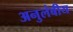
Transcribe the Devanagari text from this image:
अनुलंबीय